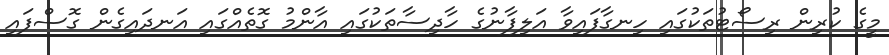
މީގެ ކުރިން ރިސޯޓުތަކުގައި ހިނގާފައިވާ އަލިފާނުގެ ހާދިސާތަކުގައި އާންމު ގޮތެއްގައި އަނދައިގެން ގޮސްފައި